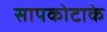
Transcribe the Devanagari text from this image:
सापकोटाके